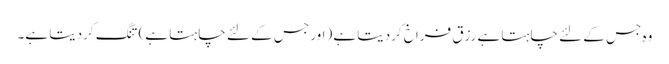
وہ جس کے لئے چاہتا ہے رزق فراخ کردیتا ہے (اور جس کے لئے چاہتا ہے) تنگ کردیتا ہے۔